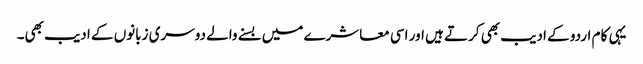
یہی کام اردو کے ادیب بھی کرتے ہیں اور اسی معاشرے میں بسنے والے دوسری زبانوں کے ادیب بھی۔